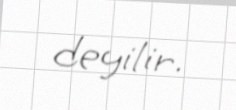
deyilir.